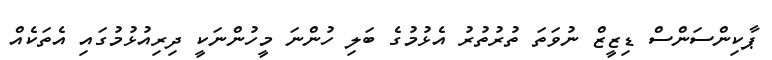
ޕާކިންސަންސް ޑިޒީޒް ނުވަތަ ތުރުތުރު އެޅުމުގެ ބަލި ހުންނަ މީހުންނަކީ ދިރިއުޅުމުގައި އެތަކެއް